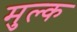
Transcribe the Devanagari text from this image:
मुल्‍क